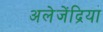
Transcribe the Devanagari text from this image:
अलेजेंद्रिया